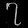
Digit: ၇